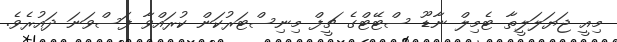
މިއީ ޖަޔަލަލީތާ ޓެމިލް ނާޑޫ ސްޓޭޓްގެ ޗީފް މިނިސްޓަރުކަން ކުރައްވާ ފަސްވަނަ ދައުރެވެ.